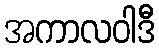
အကာလဝါဒီ